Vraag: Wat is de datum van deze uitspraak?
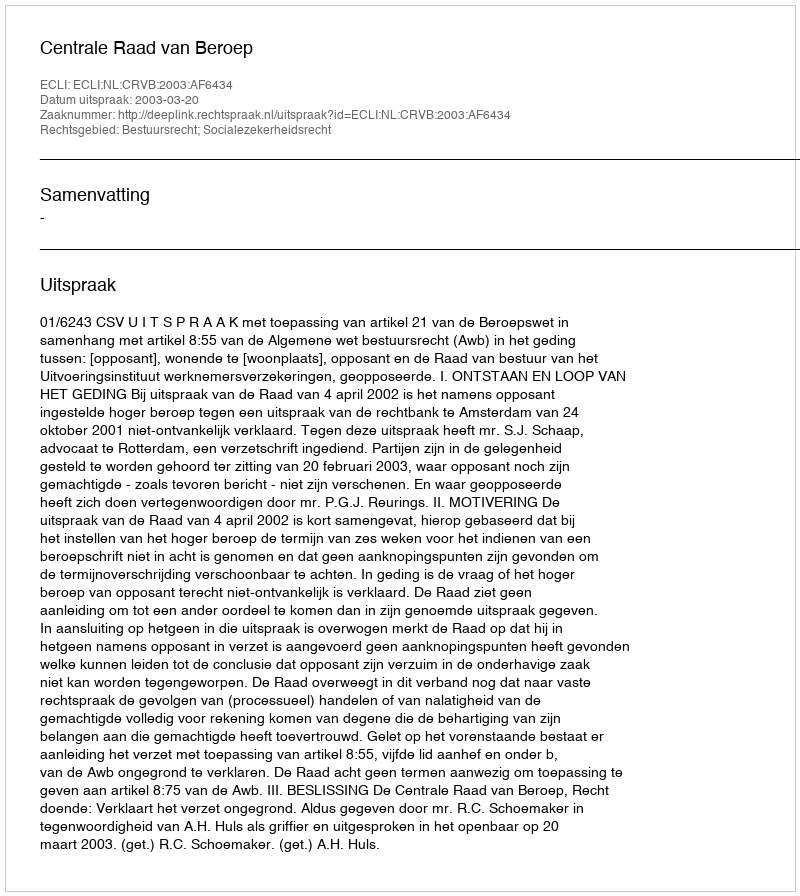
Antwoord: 2003-03-20